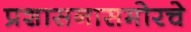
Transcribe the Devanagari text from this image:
प्रशासनासमोरचे